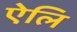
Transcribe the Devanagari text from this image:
ऐलि